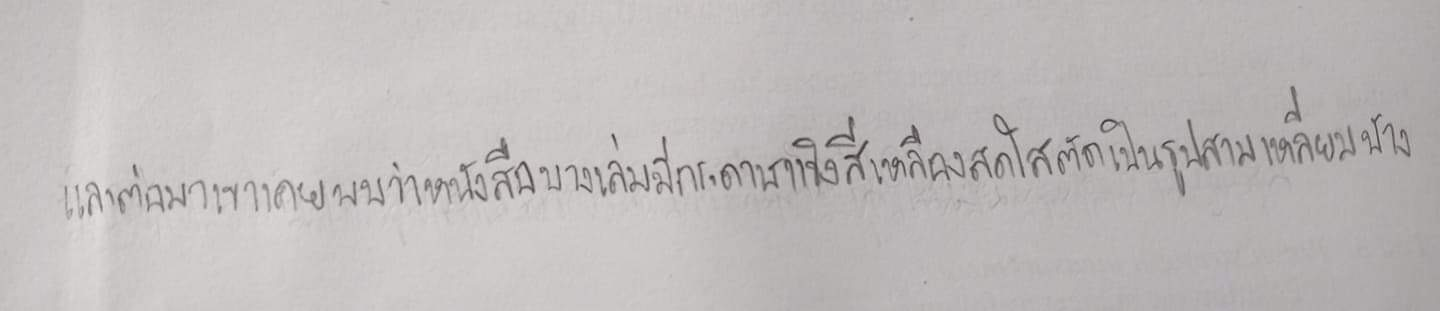
และต่อมาเขาเคยพบว่าหนังสือบางเล่มมีกระดาษแข็งสีเหลืองสดใสตัดเป็นรูปสามเหลี่ยมบ้าง